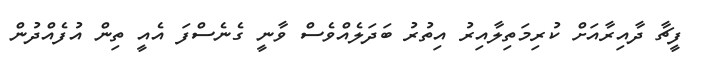
ފީޗާ ދާއިރާއަށް ކުރިމަތިލާއިރު އިތުރު ބަދަލެއްވެސް ވާނީ ގެނެސްފަ އެއީ ތިން އުފެއްދުން